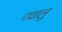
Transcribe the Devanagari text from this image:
गवालु